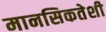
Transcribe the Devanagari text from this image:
मानसिकतेशी